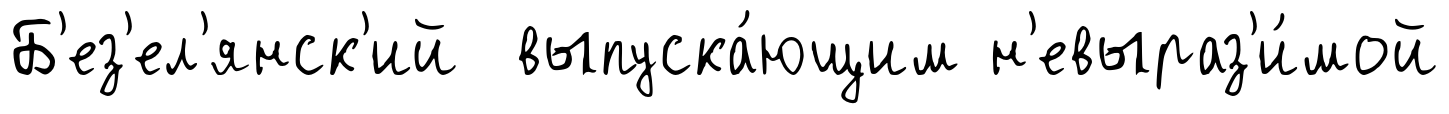
Б'ез'ел'янск'ий выпуска́ющим н'евыраз'и́мой